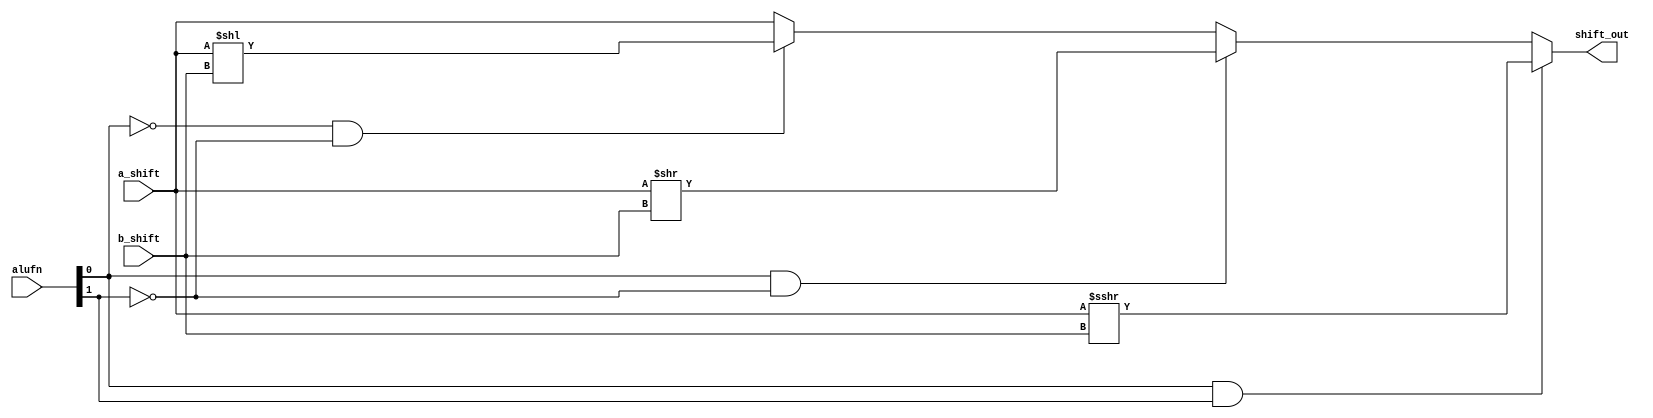
/*
   This file was generated automatically by the Mojo IDE version B1.3.6.
   Do not edit this file directly. Instead edit the original Lucid source.
   This is a temporary file and any changes made to it will be destroyed.
*/

module shifter_17 (
    input [15:0] a_shift,
    input [2:0] b_shift,
    input [1:0] alufn,
    output reg [15:0] shift_out
  );
  
  
  
  always @* begin
    shift_out = a_shift;
    if (alufn[0+0-:1] == 1'h0 & alufn[1+0-:1] == 1'h0) begin
      shift_out = a_shift << b_shift[0+2-:3];
    end
    if (alufn[0+0-:1] == 1'h1 & alufn[1+0-:1] == 1'h0) begin
      shift_out = a_shift >> b_shift[0+2-:3];
    end
    if (alufn[0+0-:1] == 1'h1 & alufn[1+0-:1] == 1'h1) begin
      shift_out = $signed(a_shift) >>> b_shift[0+2-:3];
    end
  end
endmodule